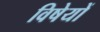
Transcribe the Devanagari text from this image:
विषेयों